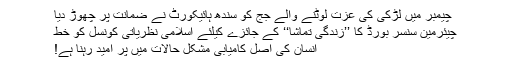
چیمبر میں لڑکی کی عزت لوٹنے والے جج کو سندھ ہائیکورٹ نے ضمانت پر چھوڑ دیا
چیئرمین سنسر بورڈ کا ’’زندگی تماشا‘‘ کے جائزے کیلئے اسلامی نظریاتی کونسل کو خط
انسان کی اصل کامیابی مشکل حالات میں پر امید رہنا ہے!